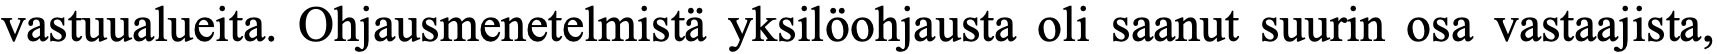
vastuualueita. Ohjausmenetelmistä yksilöohjausta oli saanut suurin osa vastaajista,